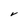
Character: V